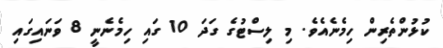
ކުޅުންތެރިން ހިމެނެއެވެ. މި ލިސްޓުގެ ގަދަ 10 ގައި ހިމެނެނީ 8 ވަނައިގައި